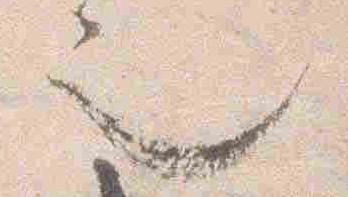
也